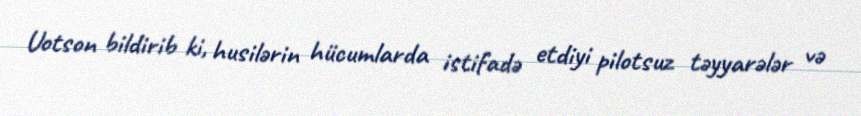
Uotson bildirib ki, husilərin hücumlarda istifadə etdiyi pilotsuz təyyarələr və